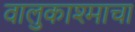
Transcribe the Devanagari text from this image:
वालुकाश्माचा